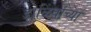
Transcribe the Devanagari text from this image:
डाळिंबांच्या